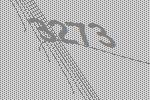
3273